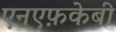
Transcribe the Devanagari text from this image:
एनएफ़केबी